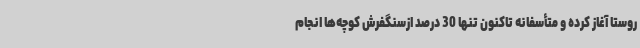
روستا آغاز کرده و متأسفانه تاکنون تنها 30 درصد ازسنگفرش کوچه‌ها انجام